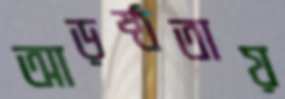
আড়ষ্ঠতায়